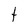
Character: t